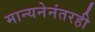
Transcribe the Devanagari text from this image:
मान्यनेनंतरही